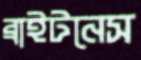
ব্রাইটনেস